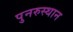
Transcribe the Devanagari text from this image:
पुनरुस्थान